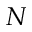
N